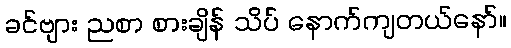
ခင်ဗျား ညစာ စားချိန် သိပ် နောက်ကျတယ်နော်။